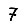
Digit: 7